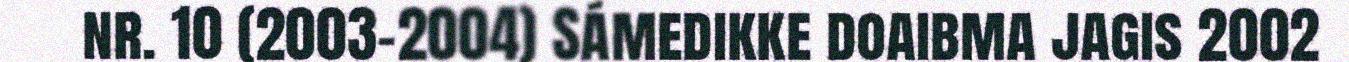
nr. 10 (2003-2004) Sámedikke doaibma jagis 2002